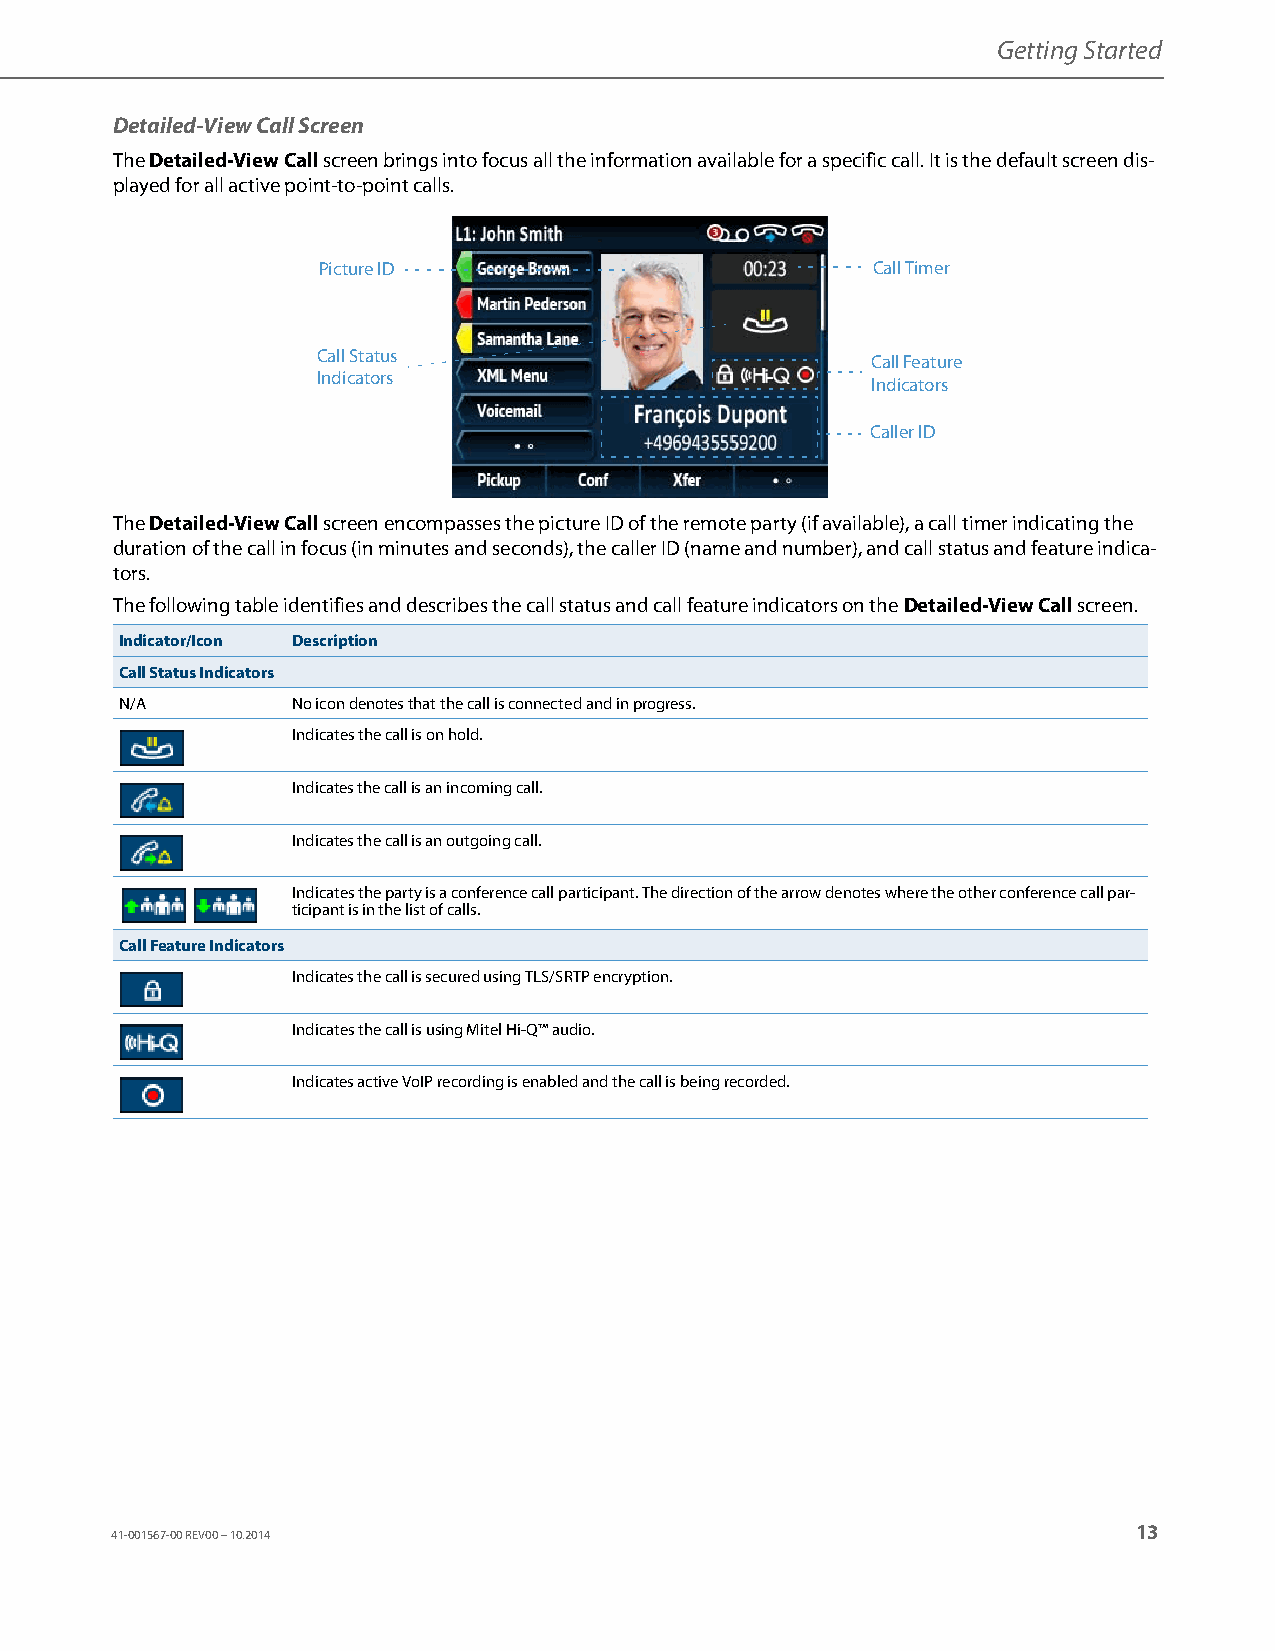
Getting Started
 Detailed-View Call Screen
 The Detailed-View Call screen brings into focus all the information available for a specific call. It is the default screen dis-
 played for all active point-to-point calls.
 Picture ID                           Call Timer
 Call Status
 Call Feature
 Indicators
 Indicators
 Caller ID
 The Detailed-View Call screen encompasses the picture ID of the remote party (if available), a call timer indicating the
 duration of the call in focus (in minutes and seconds), the caller ID (name and number), and call status and feature indica-
 tors.
 The following table identifies and describes the call status and call feature indicators on the Detailed-View Call screen.
 Indicator/Icon Description
 Call Status Indicators
 N/A        No icon denotes that the call is connected and in progress.
 Indicates the call is on hold.
 Indicates the call is an incoming call.
 Indicates the call is an outgoing call.
 Indicates the party is a conference call participant. The direction of the arrow denotes where the other conference call par-
 ticipant is in the list of calls.
 Call Feature Indicators
 Indicates the call is secured using TLS/SRTP encryption.
 Indicates the call is using Mitel Hi-Q™ audio.
 Indicates active VoIP recording is enabled and the call is being recorded.
 13
 41-001567-00 REV00 – 10.2014